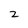
Character: z